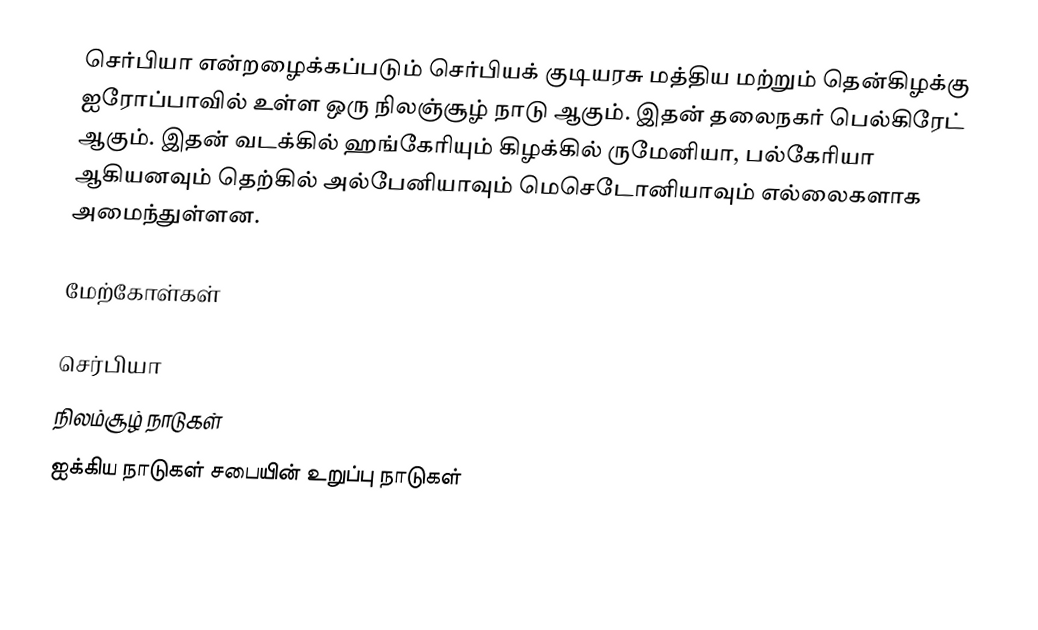
செர்பியா என்றழைக்கப்படும் செர்பியக் குடியரசு மத்திய மற்றும் தென்கிழக்கு ஐரோப்பாவில் உள்ள ஒரு நிலஞ்சூழ் நாடு ஆகும். இதன் தலைநகர் பெல்கிரேட் ஆகும். இதன் வடக்கில் ஹங்கேரியும் கிழக்கில் ருமேனியா, பல்கேரியா ஆகியனவும் தெற்கில் அல்பேனியாவும் மெசெடோனியாவும் எல்லைகளாக அமைந்துள்ளன.

மேற்கோள்கள்

செர்பியா
நிலம்சூழ் நாடுகள்
ஐக்கிய நாடுகள் சபையின் உறுப்பு நாடுகள்